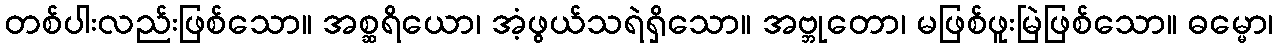
တစ်ပါးလည်းဖြစ်သော။ အစ္ဆရိယော၊ အံ့ဖွယ်သရဲရှိသော။ အဗ္ဘုတော၊ မဖြစ်ဖူးမြဲဖြစ်သော။ ဓမ္မော၊